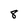
Character: 8